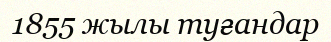
1855 жылы туғандар